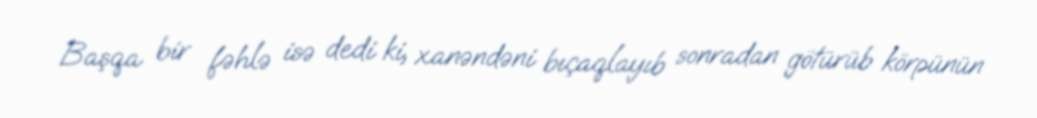
Başqa bir fəhlə isə dedi ki, xanəndəni bıçaqlayıb sonradan götürüb körpünün